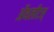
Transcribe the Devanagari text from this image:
ॲथलीटस्